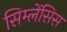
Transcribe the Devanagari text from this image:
सिम्लेंसिस